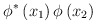
\begin{align*}\phi^* \left( x_1 \right) \phi \left( x_2 \right)\end{align*}